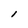
Character: l